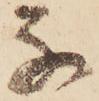
な